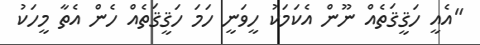
"އެއީ ހަޤީޤަތެއް ނޫން އެކަމަކު ހީވަނީ ހަމަ ހަޤީޤަތެއް ހެން އެތާ މީހަކު